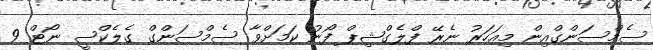
ސެމްސަންގްއިން މިއަހަރު ނެރޭ ފްލެގްޝިޕް ފޯނު ކަމަށްވާ ސެމްސަންގް ގެލެކްސީ ނޯޓް 9